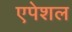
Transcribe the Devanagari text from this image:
एपेशल